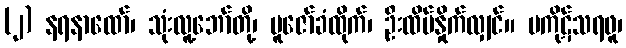
(၂) နရနာထော်၊ သုံးလူ့ဘော်တို့၊ ပူဇော်ခံထိုက်၊ ဦးထိပ်နှိုက်လျှင်။ မကိုဋ်သရဖူ၊